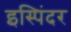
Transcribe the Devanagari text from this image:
इस्पिंदर